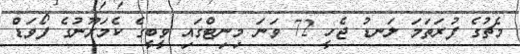
މެޗުގެ ފުރަތަމަ ލަނޑު ޖެހީ 72 ވަނަ މިނިޓްގައި ވީބީގެ ކެމަރޫނުގެ ފޯވަޑް